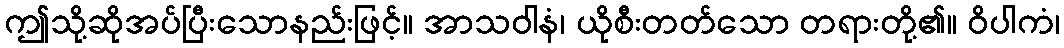
ဤသို့ဆိုအပ်ပြီးသောနည်းဖြင့်။ အာသဝါနံ၊ ယိုစီးတတ်သော တရားတို့၏။ ဝိပါကံ၊